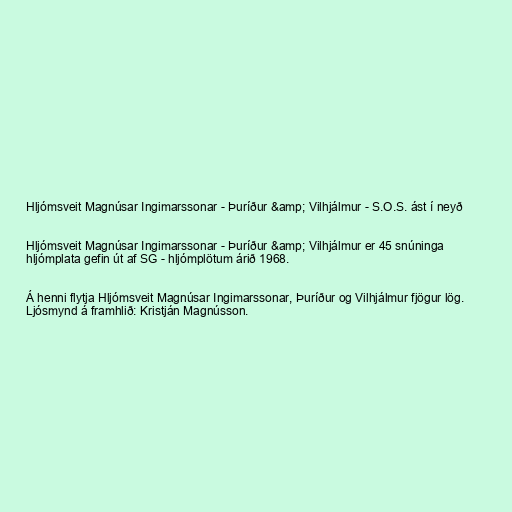
Hljómsveit Magnúsar Ingimarssonar - Þuríður &amp; Vilhjálmur - S.O.S. ást í neyð

Hljómsveit Magnúsar Ingimarssonar - Þuríður &amp; Vilhjálmur er 45 snúninga
hljómplata gefin út af SG - hljómplötum árið 1968.

Á henni flytja Hljómsveit Magnúsar Ingimarssonar, Þuríður og Vilhjálmur fjögur lög.
Ljósmynd á framhlið: Kristján Magnússon.